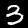
Digit: 3